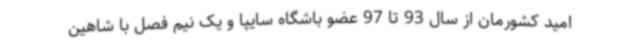
امید کشورمان از سال 93 تا 97 عضو باشگاه سایپا و یک نیم فصل با شاهین